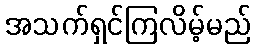
အသက်ရှင်ကြလိမ့်မည်